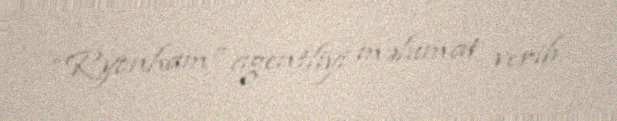
“Ryonham” agentliyi məlumat verib.